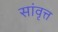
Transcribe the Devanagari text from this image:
सांवृत्त